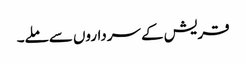
قریش کے سرداروں سے ملے۔